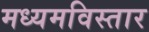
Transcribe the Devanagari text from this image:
मध्यमविस्तार